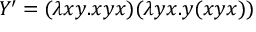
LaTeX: Y ^ { \prime } = ( \lambda x y . x y x ) ( \lambda y x . y ( x y x ) )